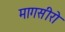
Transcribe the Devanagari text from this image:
मागसीरो